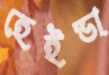
হেইডা